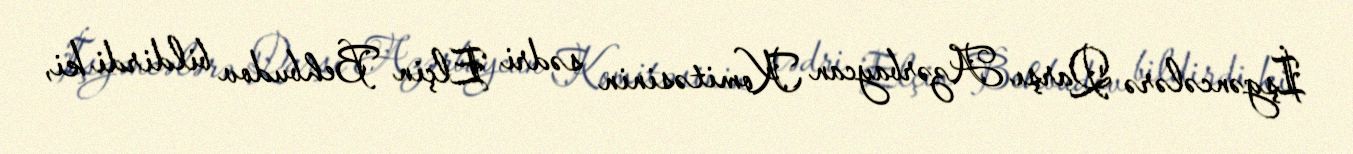
İşgəncələrə Qarşı Azərbaycan Komitəsinin sədri Elçin Behbudov bildirdi ki,